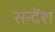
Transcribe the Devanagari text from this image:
सन्देंश